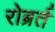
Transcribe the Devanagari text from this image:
रोब्रर्त